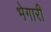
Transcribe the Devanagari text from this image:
भेगारी